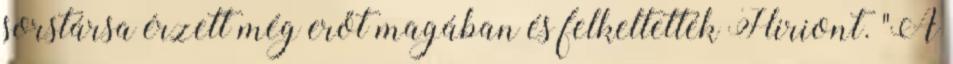
sorstársa érzett még erőt magában és felkeltették Hiriont. "A